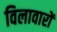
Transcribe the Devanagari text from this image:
विलावारों